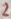
Text: 2